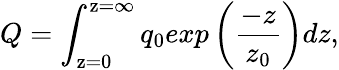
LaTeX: Q=\int_{\mathrm{z=0}}^{\mathrm{z=\infty}}q_{0}exp\left(\frac{-z}{z_{0}}\right)dz,